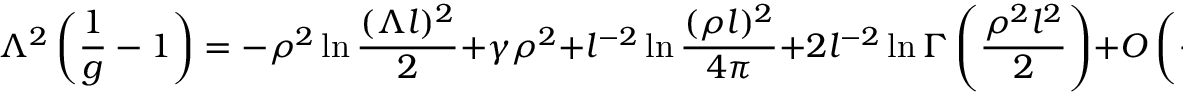
\Lambda ^ { 2 } \left( \frac { 1 } { g } - 1 \right) = - \rho ^ { 2 } \ln \frac { ( \Lambda l ) ^ { 2 } } { 2 } + \gamma \rho ^ { 2 } + l ^ { - 2 } \ln \frac { ( \rho l ) ^ { 2 } } { 4 \pi } + 2 l ^ { - 2 } \ln \Gamma \left( \frac { \rho ^ { 2 } l ^ { 2 } } { 2 } \right) + O \left( \frac { 1 } { \Lambda } \right) ,